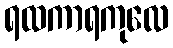
ရထကာရကုလေ